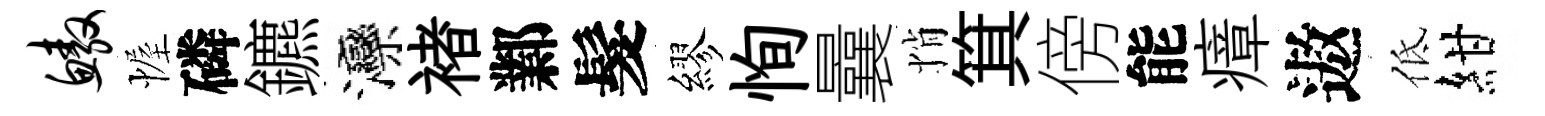
鳌幄磷鑣灤褚鄴髮繆恂曩悄箕傍能瘴遨低紺